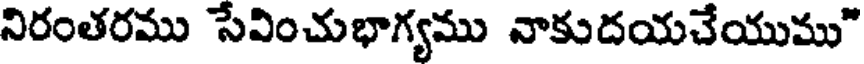
నిరంతరము సేవించుభాగ్యము నాకుదయచేయుము"